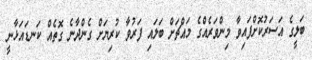
ބަލީގެ އަސަރުކޮށްފައިވާ މިންވަރެއްގެ މައްޗަށް ބަލައި ފަރުވާ ކުރިޔަށް ގެންދާނެ ގޮތެއް ކަނޑައަޅާނީ